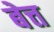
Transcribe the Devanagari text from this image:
बेत्त